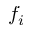
f _ { i }